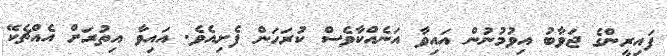
ފައިރީންގެ ޖަވާބު އިވުމުނުން އައިވާ އަނެއްކާވެސް ކުރަހަން ފެށިއެވެ. އައިވާ އިތުރަށް އެއްޗެކޭ